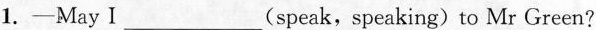
1.-May I___(speak,speaking)to Mr Green?